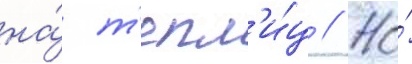
на́ т'епл'и́ц // Но́